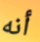
أنه